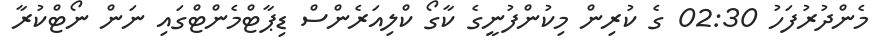
މެންދުރުފަހު 02:30 ގެ ކުރިން މިކުންފުނީގެ ކާގޯ ކްލިއަރެންސް ޑިޕާޓްމެންޓްގައި ނަން ނޯޓްކުރާ